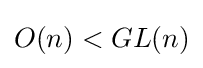
O(n)<GL(n)